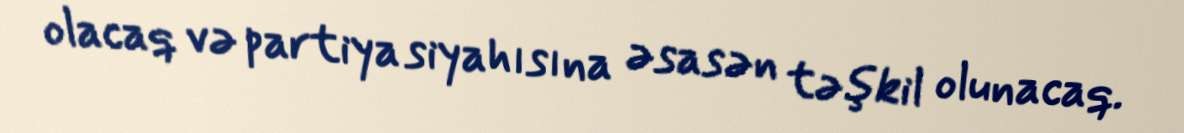
olacaq və partiya siyahısına əsasən təşkil olunacaq.